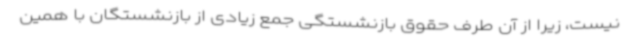
نیست، زیرا از آن طرف حقوق بازنشستگی جمع زیادی از بازنشستگان با همین